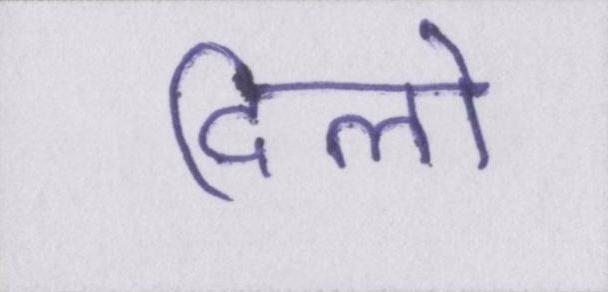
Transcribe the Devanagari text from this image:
दिलो